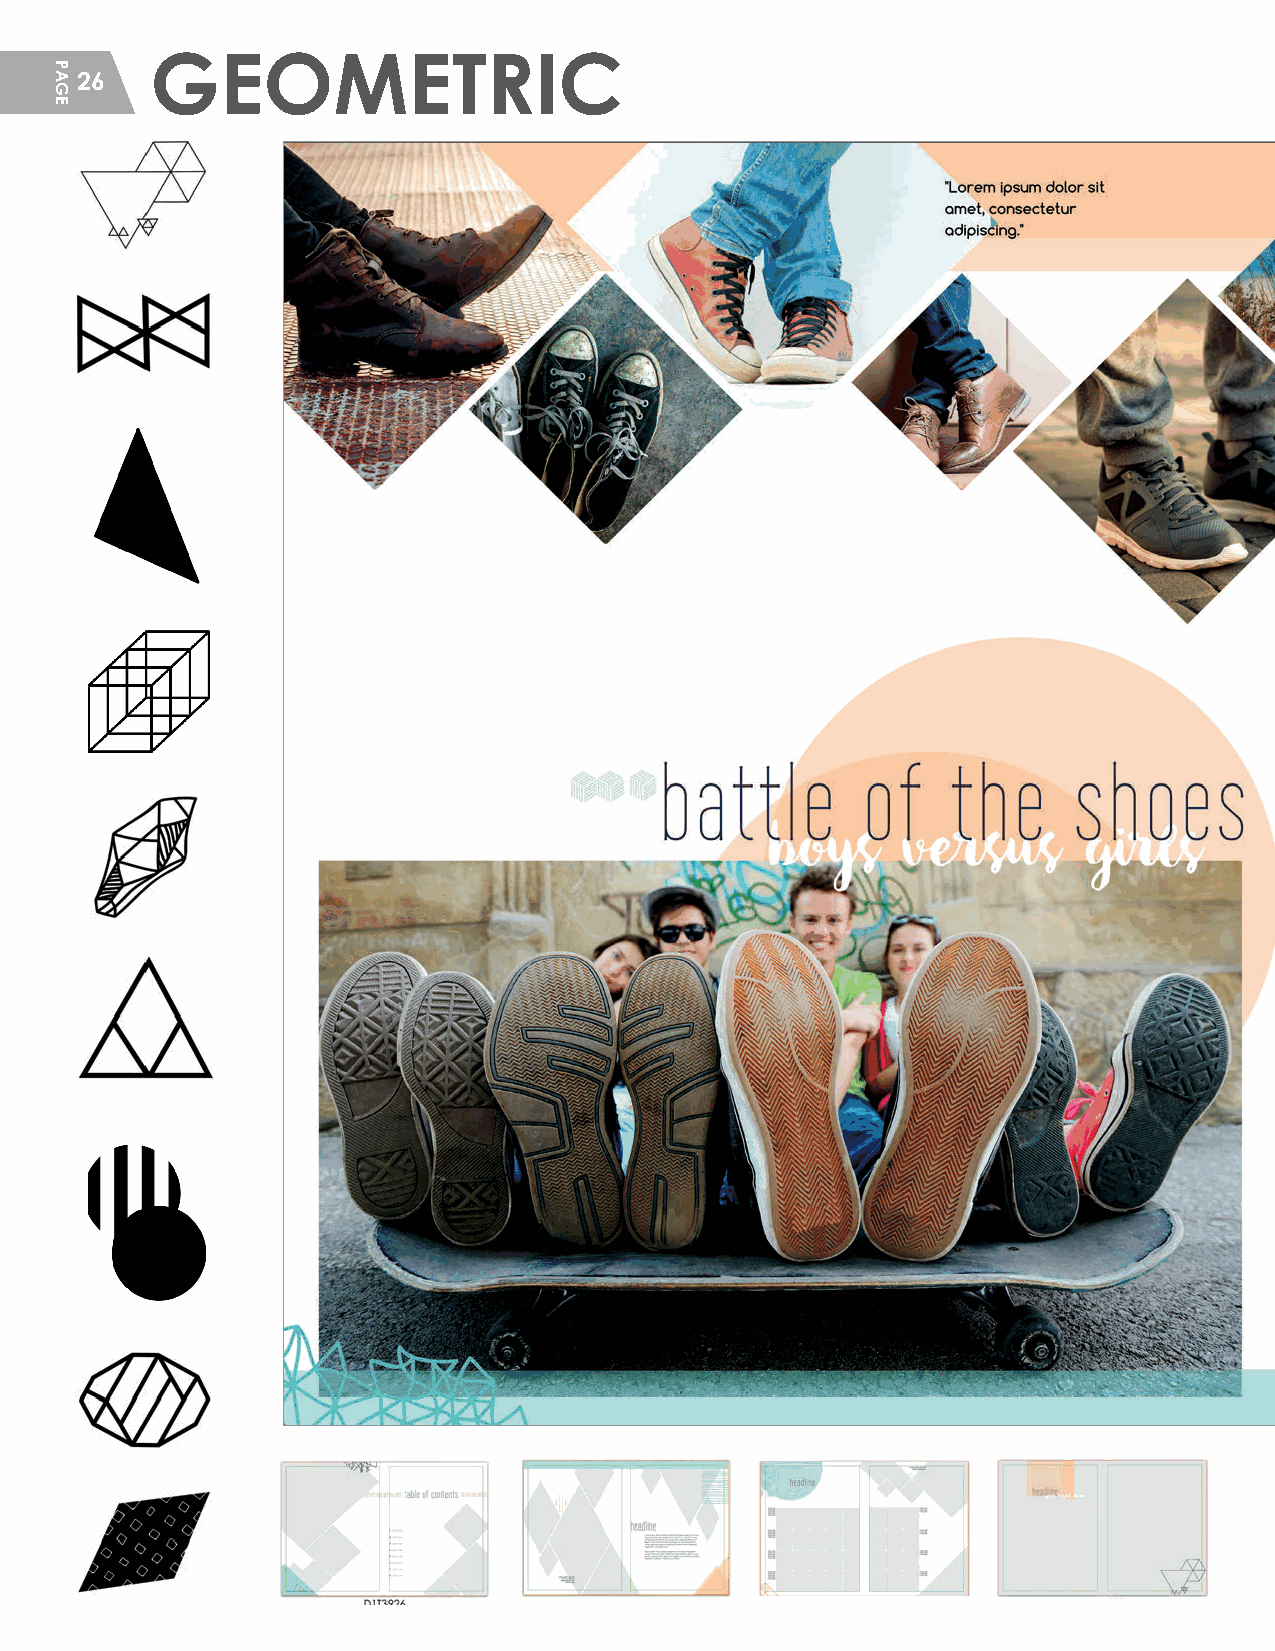
GEOMETRIC
 26
 HHSS__CCrreeaattiivvee__GGuuiiddeePPFF__MMSS..iinndddd 2266                 22//55//2200 1122::1133 PPMM
 PAGE